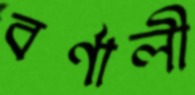
বর্ণালী